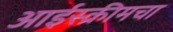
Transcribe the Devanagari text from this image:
आईस्क्रीमचा